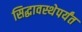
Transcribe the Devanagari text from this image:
सिद्धावस्थेपर्यंत